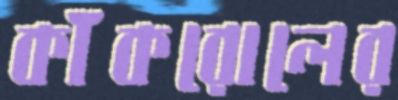
কাঁকরোলের